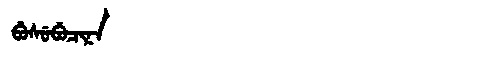
Manchu: ᠪᡠᠰᡠᠪᡠᠴᡳᠨᠠ
Romanization: BUSUBUCINA